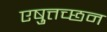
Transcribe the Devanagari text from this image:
एष़ुत्तच्छन